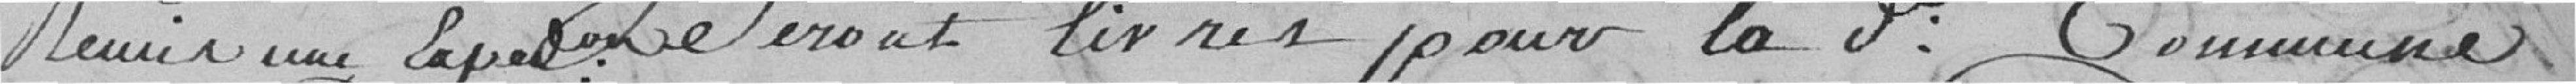
remis une expression seront livrés pour la dite commune